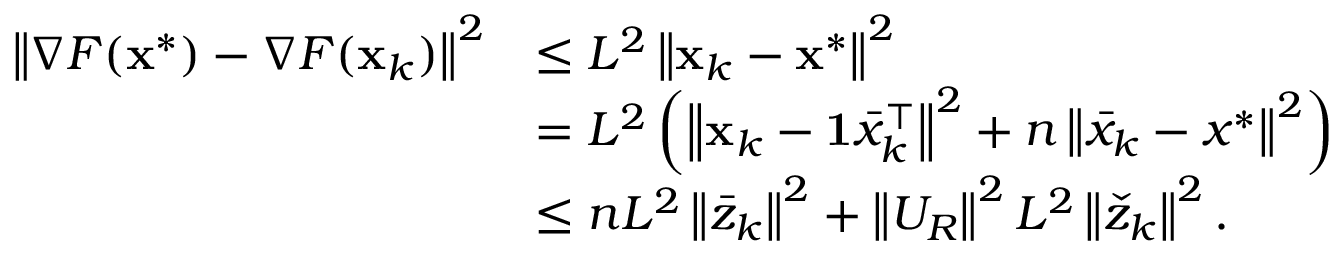
\begin{array} { r l } { \left\Vert \nabla F ( \mathbf { x } ^ { * } ) - \nabla F ( \mathbf { x } _ { k } ) \right\Vert ^ { 2 } } & { \leq L ^ { 2 } \left\Vert \mathbf { x } _ { k } - \mathbf { x } ^ { * } \right\Vert ^ { 2 } } \\ & { = L ^ { 2 } \left( \left\Vert \mathbf { x } _ { k } - \mathbf { 1 } \bar { x } _ { k } ^ { \intercal } \right\Vert ^ { 2 } + n \left\Vert \bar { x } _ { k } - x ^ { * } \right\Vert ^ { 2 } \right) } \\ & { \leq n L ^ { 2 } \left\Vert \bar { z } _ { k } \right\Vert ^ { 2 } + \left\Vert U _ { R } \right\Vert ^ { 2 } L ^ { 2 } \left\Vert \check { z } _ { k } \right\Vert ^ { 2 } . } \end{array}